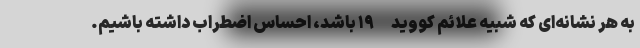
به هر نشانه‌ای که شبیه علائم کووید-۱۹ باشد، احساس اضطراب داشته باشیم.